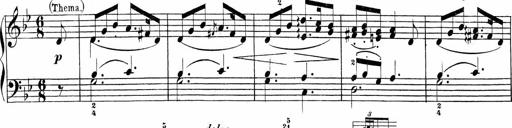
Title: Sonatinas
Composer: Andrew Violette